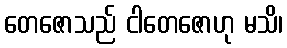
တေဇောသည် ငါတေဇောဟု မသိ၊